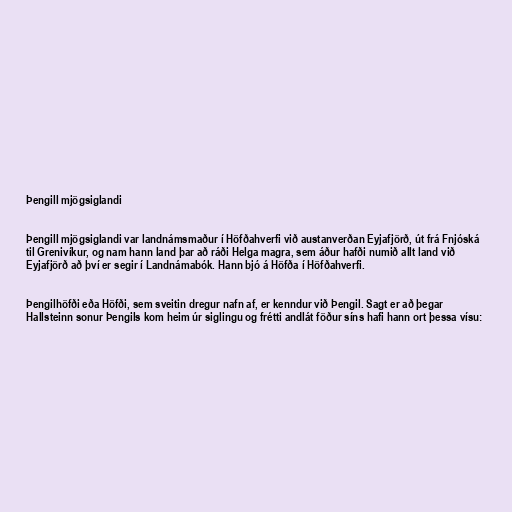
Þengill mjögsiglandi

Þengill mjögsiglandi var landnámsmaður í Höfðahverfi við austanverðan Eyjafjörð, út frá Fnjóská
til Grenivíkur, og nam hann land þar að ráði Helga magra, sem áður hafði numið allt land við
Eyjafjörð að því er segir í Landnámabók. Hann bjó á Höfða í Höfðahverfi.

Þengilhöfði eða Höfði, sem sveitin dregur nafn af, er kenndur við Þengil. Sagt er að þegar
Hallsteinn sonur Þengils kom heim úr siglingu og frétti andlát föður síns hafi hann ort þessa vísu: